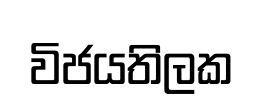
විජයතිලක